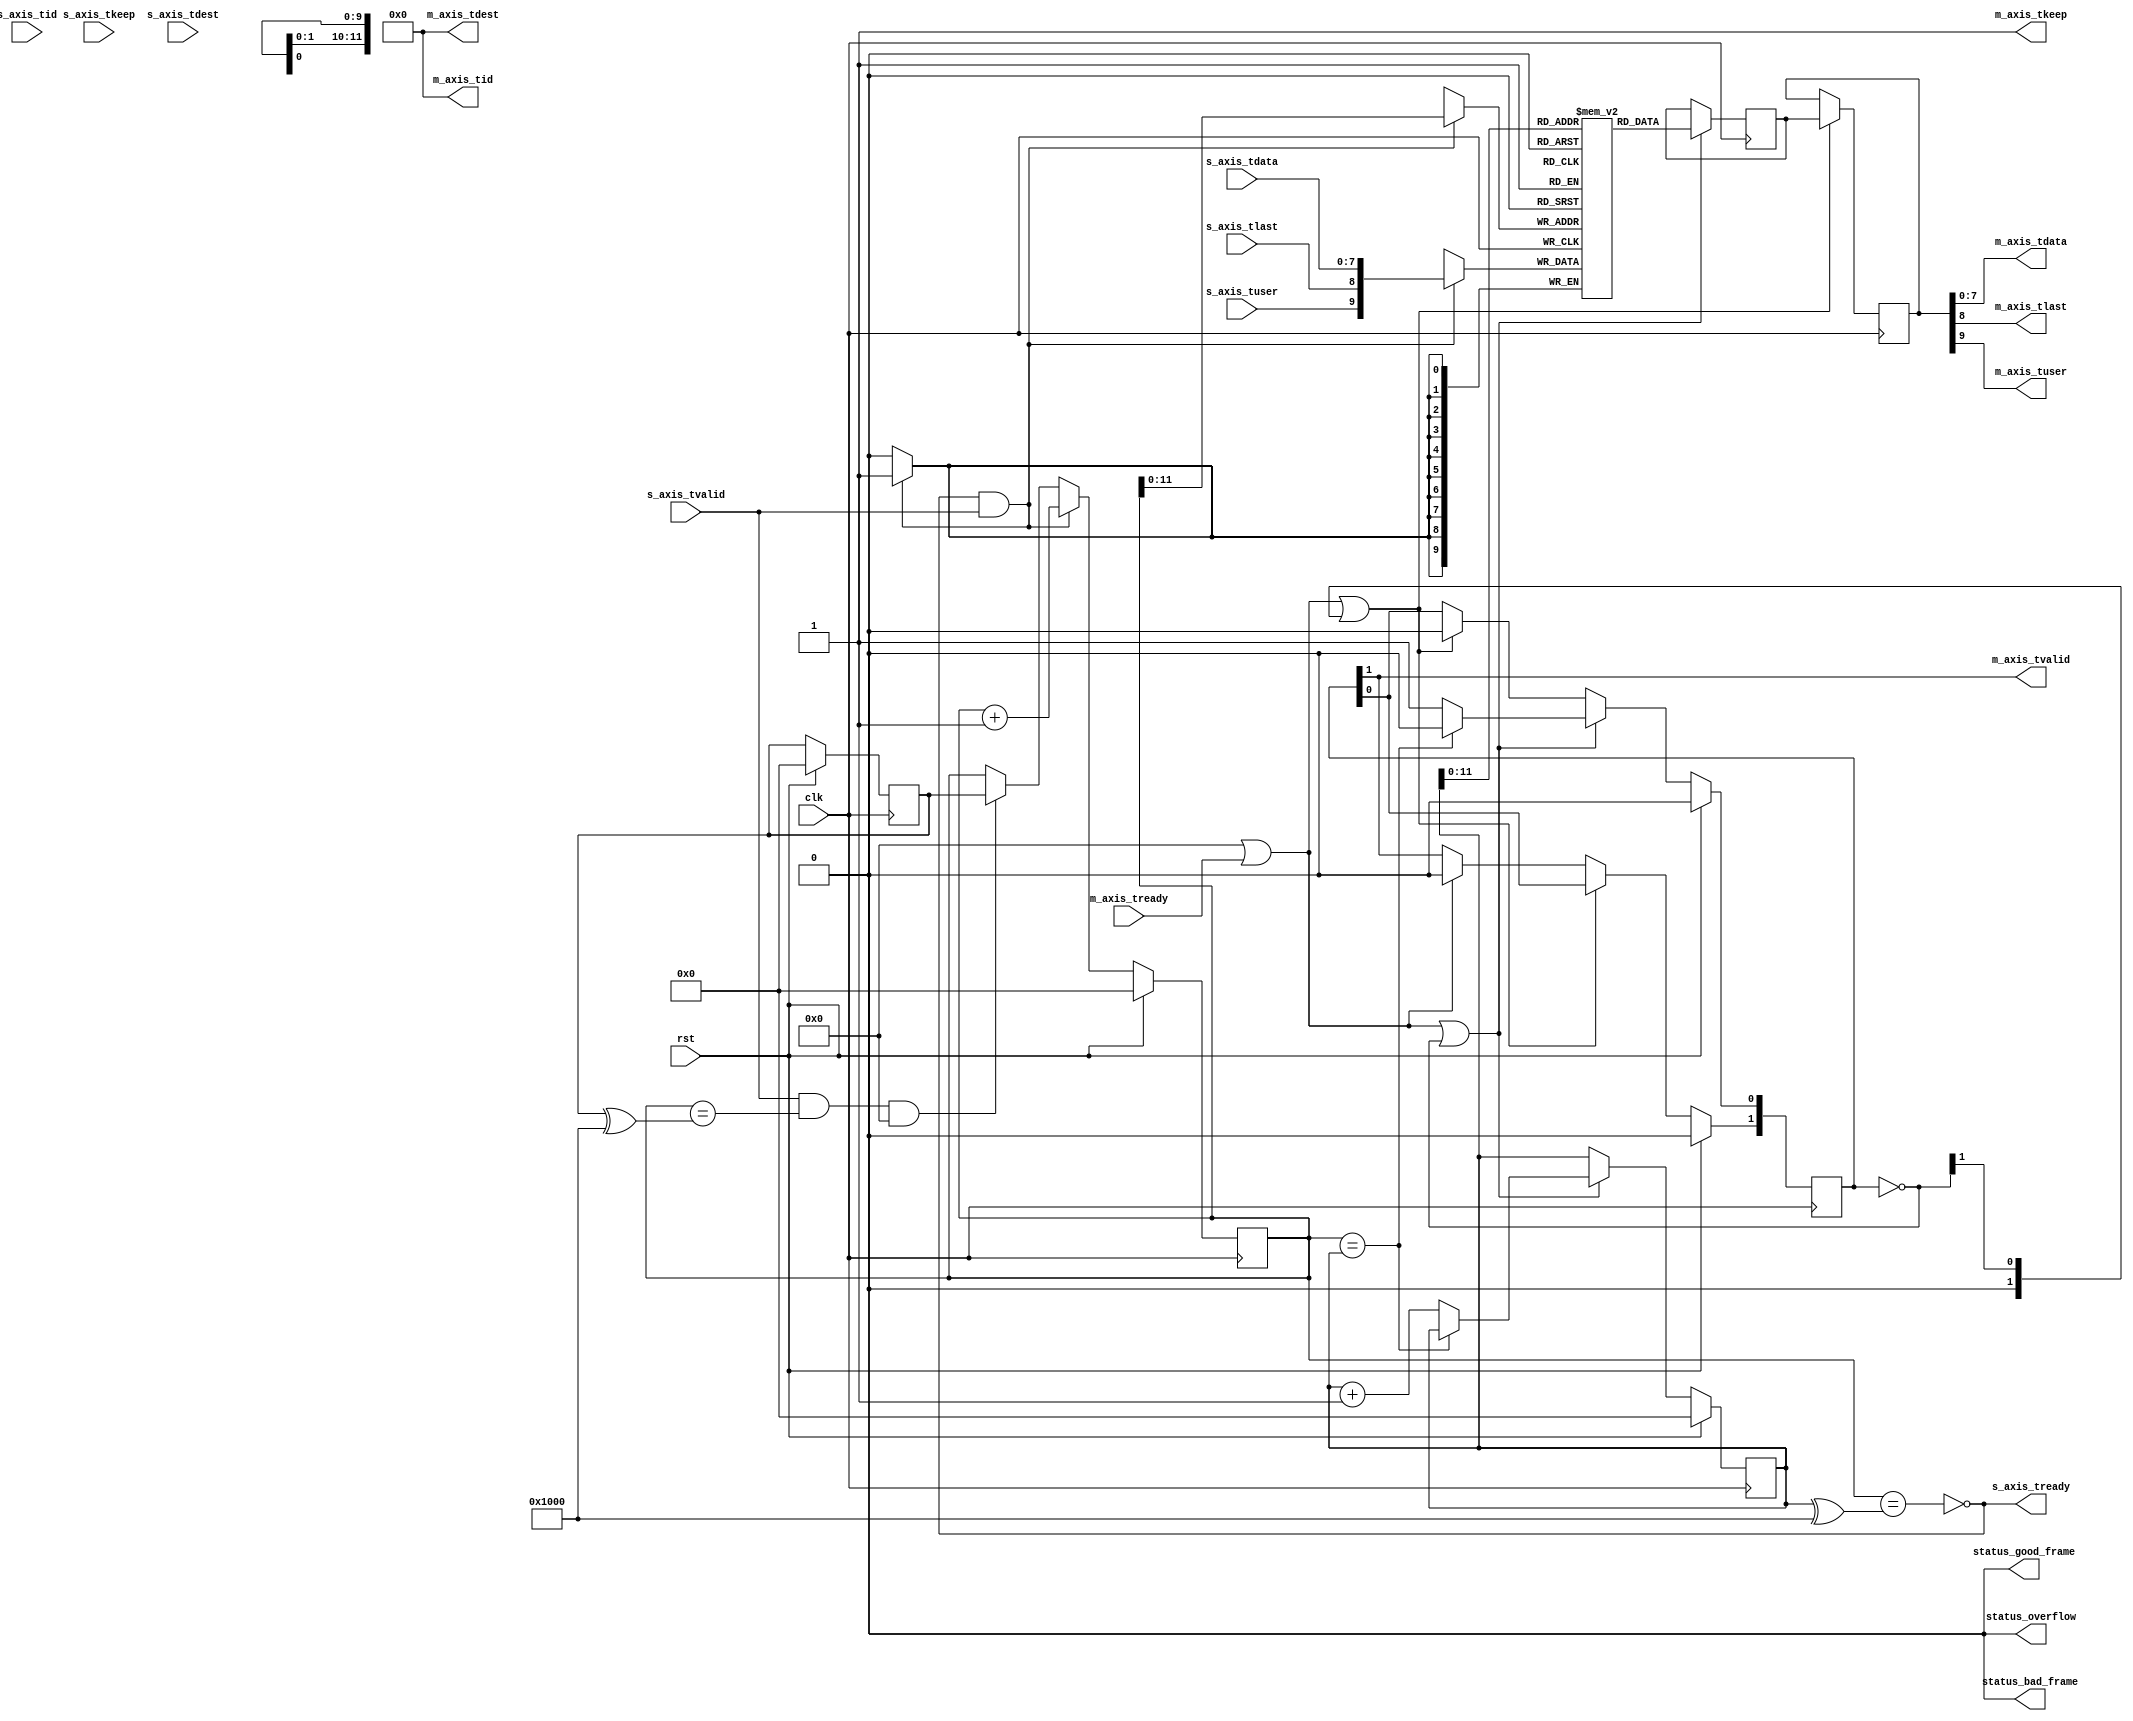
/*

Copyright (c) 2013-2021 Alex Forencich

Permission is hereby granted, free of charge, to any person obtaining a copy
of this software and associated documentation files (the "Software"), to deal
in the Software without restriction, including without limitation the rights
to use, copy, modify, merge, publish, distribute, sublicense, and/or sell
copies of the Software, and to permit persons to whom the Software is
furnished to do so, subject to the following conditions:

The above copyright notice and this permission notice shall be included in
all copies or substantial portions of the Software.

THE SOFTWARE IS PROVIDED "AS IS", WITHOUT WARRANTY OF ANY KIND, EXPRESS OR
IMPLIED, INCLUDING BUT NOT LIMITED TO THE WARRANTIES OF MERCHANTABILITY
FITNESS FOR A PARTICULAR PURPOSE AND NONINFRINGEMENT. IN NO EVENT SHALL THE
AUTHORS OR COPYRIGHT HOLDERS BE LIABLE FOR ANY CLAIM, DAMAGES OR OTHER
LIABILITY, WHETHER IN AN ACTION OF CONTRACT, TORT OR OTHERWISE, ARISING FROM,
OUT OF OR IN CONNECTION WITH THE SOFTWARE OR THE USE OR OTHER DEALINGS IN
THE SOFTWARE.

*/

// Language: Verilog 2001

`resetall
`timescale 1ns / 1ps
`default_nettype none

/*
 * AXI4-Stream FIFO
 */
module axis_fifo #
(
    // FIFO depth in words
    // KEEP_WIDTH words per cycle if KEEP_ENABLE set
    // Rounded up to nearest power of 2 cycles
    parameter DEPTH = 4096,
    // Width of AXI stream interfaces in bits
    parameter DATA_WIDTH = 8,
    // Propagate tkeep signal
    // If disabled, tkeep assumed to be 1'b1
    parameter KEEP_ENABLE = (DATA_WIDTH>8),
    // tkeep signal width (words per cycle)
    parameter KEEP_WIDTH = ((DATA_WIDTH+7)/8),
    // Propagate tlast signal
    parameter LAST_ENABLE = 1,
    // Propagate tid signal
    parameter ID_ENABLE = 0,
    // tid signal width
    parameter ID_WIDTH = 8,
    // Propagate tdest signal
    parameter DEST_ENABLE = 0,
    // tdest signal width
    parameter DEST_WIDTH = 8,
    // Propagate tuser signal
    parameter USER_ENABLE = 1,
    // tuser signal width
    parameter USER_WIDTH = 1,
    // number of RAM pipeline registers
    parameter RAM_PIPELINE = 1,
    // use output FIFO
    // When set, the RAM read enable and pipeline clock enables are removed
    parameter OUTPUT_FIFO_ENABLE = 0,
    // Frame FIFO mode - operate on frames instead of cycles
    // When set, m_axis_tvalid will not be deasserted within a frame
    // Requires LAST_ENABLE set
    parameter FRAME_FIFO = 0,
    // tuser value for bad frame marker
    parameter USER_BAD_FRAME_VALUE = 1'b1,
    // tuser mask for bad frame marker
    parameter USER_BAD_FRAME_MASK = 1'b1,
    // Drop frames larger than FIFO
    // Requires FRAME_FIFO set
    parameter DROP_OVERSIZE_FRAME = FRAME_FIFO,
    // Drop frames marked bad
    // Requires FRAME_FIFO and DROP_OVERSIZE_FRAME set
    parameter DROP_BAD_FRAME = 0,
    // Drop incoming frames when full
    // When set, s_axis_tready is always asserted
    // Requires FRAME_FIFO and DROP_OVERSIZE_FRAME set
    parameter DROP_WHEN_FULL = 0
)
(
    input  wire                   clk,
    input  wire                   rst,

    /*
     * AXI input
     */
    input  wire [DATA_WIDTH-1:0]  s_axis_tdata,
    input  wire [KEEP_WIDTH-1:0]  s_axis_tkeep,
    input  wire                   s_axis_tvalid,
    output wire                   s_axis_tready,
    input  wire                   s_axis_tlast,
    input  wire [ID_WIDTH-1:0]    s_axis_tid,
    input  wire [DEST_WIDTH-1:0]  s_axis_tdest,
    input  wire [USER_WIDTH-1:0]  s_axis_tuser,

    /*
     * AXI output
     */
    output wire [DATA_WIDTH-1:0]  m_axis_tdata,
    output wire [KEEP_WIDTH-1:0]  m_axis_tkeep,
    output wire                   m_axis_tvalid,
    input  wire                   m_axis_tready,
    output wire                   m_axis_tlast,
    output wire [ID_WIDTH-1:0]    m_axis_tid,
    output wire [DEST_WIDTH-1:0]  m_axis_tdest,
    output wire [USER_WIDTH-1:0]  m_axis_tuser,

    /*
     * Status
     */
    output wire                   status_overflow,
    output wire                   status_bad_frame,
    output wire                   status_good_frame
);

parameter ADDR_WIDTH = (KEEP_ENABLE && KEEP_WIDTH > 1) ? $clog2(DEPTH/KEEP_WIDTH) : $clog2(DEPTH);

parameter OUTPUT_FIFO_ADDR_WIDTH = RAM_PIPELINE < 2 ? 3 : $clog2(RAM_PIPELINE*2+7);

// check configuration
initial begin
    if (FRAME_FIFO && !LAST_ENABLE) begin
        $error("Error: FRAME_FIFO set requires LAST_ENABLE set (instance %m)");
        $finish;
    end

    if (DROP_OVERSIZE_FRAME && !FRAME_FIFO) begin
        $error("Error: DROP_OVERSIZE_FRAME set requires FRAME_FIFO set (instance %m)");
        $finish;
    end

    if (DROP_BAD_FRAME && !(FRAME_FIFO && DROP_OVERSIZE_FRAME)) begin
        $error("Error: DROP_BAD_FRAME set requires FRAME_FIFO and DROP_OVERSIZE_FRAME set (instance %m)");
        $finish;
    end

    if (DROP_WHEN_FULL && !(FRAME_FIFO && DROP_OVERSIZE_FRAME)) begin
        $error("Error: DROP_WHEN_FULL set requires FRAME_FIFO and DROP_OVERSIZE_FRAME set (instance %m)");
        $finish;
    end

    if (DROP_BAD_FRAME && (USER_BAD_FRAME_MASK & {USER_WIDTH{1'b1}}) == 0) begin
        $error("Error: Invalid USER_BAD_FRAME_MASK value (instance %m)");
        $finish;
    end
end

localparam KEEP_OFFSET = DATA_WIDTH;
localparam LAST_OFFSET = KEEP_OFFSET + (KEEP_ENABLE ? KEEP_WIDTH : 0);
localparam ID_OFFSET   = LAST_OFFSET + (LAST_ENABLE ? 1          : 0);
localparam DEST_OFFSET = ID_OFFSET   + (ID_ENABLE   ? ID_WIDTH   : 0);
localparam USER_OFFSET = DEST_OFFSET + (DEST_ENABLE ? DEST_WIDTH : 0);
localparam WIDTH       = USER_OFFSET + (USER_ENABLE ? USER_WIDTH : 0);

reg [ADDR_WIDTH:0] wr_ptr_reg = {ADDR_WIDTH+1{1'b0}};
reg [ADDR_WIDTH:0] wr_ptr_cur_reg = {ADDR_WIDTH+1{1'b0}};
reg [ADDR_WIDTH:0] rd_ptr_reg = {ADDR_WIDTH+1{1'b0}};

(* ramstyle = "no_rw_check" *)
reg [WIDTH-1:0] mem[(2**ADDR_WIDTH)-1:0];
reg mem_read_data_valid_reg = 1'b0;

(* shreg_extract = "no" *)
reg [WIDTH-1:0] m_axis_pipe_reg[RAM_PIPELINE+1-1:0];
reg [RAM_PIPELINE+1-1:0] m_axis_tvalid_pipe_reg = 0;

// full when first MSB different but rest same
wire full = wr_ptr_reg == (rd_ptr_reg ^ {1'b1, {ADDR_WIDTH{1'b0}}});
wire full_cur = wr_ptr_cur_reg == (rd_ptr_reg ^ {1'b1, {ADDR_WIDTH{1'b0}}});
// empty when pointers match exactly
wire empty = wr_ptr_reg == rd_ptr_reg;
// overflow within packet
wire full_wr = wr_ptr_reg == (wr_ptr_cur_reg ^ {1'b1, {ADDR_WIDTH{1'b0}}});

reg drop_frame_reg = 1'b0;
reg send_frame_reg = 1'b0;
reg overflow_reg = 1'b0;
reg bad_frame_reg = 1'b0;
reg good_frame_reg = 1'b0;

assign s_axis_tready = FRAME_FIFO ? (!full_cur || (full_wr && DROP_OVERSIZE_FRAME) || DROP_WHEN_FULL) : !full;

wire [WIDTH-1:0] s_axis;

generate
    assign s_axis[DATA_WIDTH-1:0] = s_axis_tdata;
    if (KEEP_ENABLE) assign s_axis[KEEP_OFFSET +: KEEP_WIDTH] = s_axis_tkeep;
    if (LAST_ENABLE) assign s_axis[LAST_OFFSET]               = s_axis_tlast;
    if (ID_ENABLE)   assign s_axis[ID_OFFSET   +: ID_WIDTH]   = s_axis_tid;
    if (DEST_ENABLE) assign s_axis[DEST_OFFSET +: DEST_WIDTH] = s_axis_tdest;
    if (USER_ENABLE) assign s_axis[USER_OFFSET +: USER_WIDTH] = s_axis_tuser;
endgenerate

wire [WIDTH-1:0] m_axis = m_axis_pipe_reg[RAM_PIPELINE+1-1];

wire                   m_axis_tvalid_pipe = m_axis_tvalid_pipe_reg[RAM_PIPELINE+1-1];

wire [DATA_WIDTH-1:0]  m_axis_tdata_pipe  = m_axis[DATA_WIDTH-1:0];
wire [KEEP_WIDTH-1:0]  m_axis_tkeep_pipe  = KEEP_ENABLE ? m_axis[KEEP_OFFSET +: KEEP_WIDTH] : {KEEP_WIDTH{1'b1}};
wire                   m_axis_tlast_pipe  = LAST_ENABLE ? m_axis[LAST_OFFSET] : 1'b1;
wire [ID_WIDTH-1:0]    m_axis_tid_pipe    = ID_ENABLE   ? m_axis[ID_OFFSET +: ID_WIDTH] : {ID_WIDTH{1'b0}};
wire [DEST_WIDTH-1:0]  m_axis_tdest_pipe  = DEST_ENABLE ? m_axis[DEST_OFFSET +: DEST_WIDTH] : {DEST_WIDTH{1'b0}};
wire [USER_WIDTH-1:0]  m_axis_tuser_pipe  = USER_ENABLE ? m_axis[USER_OFFSET +: USER_WIDTH] : {USER_WIDTH{1'b0}};

wire pipe_ready;

assign status_overflow = overflow_reg;
assign status_bad_frame = bad_frame_reg;
assign status_good_frame = good_frame_reg;

// Write logic
always @(posedge clk) begin
    overflow_reg <= 1'b0;
    bad_frame_reg <= 1'b0;
    good_frame_reg <= 1'b0;

    if (s_axis_tready && s_axis_tvalid) begin
        // transfer in
        if (!FRAME_FIFO) begin
            // normal FIFO mode
            mem[wr_ptr_reg[ADDR_WIDTH-1:0]] <= s_axis;
            wr_ptr_reg <= wr_ptr_reg + 1;
        end else if ((full_cur && DROP_WHEN_FULL) || (full_wr && DROP_OVERSIZE_FRAME) || drop_frame_reg) begin
            // full, packet overflow, or currently dropping frame
            // drop frame
            drop_frame_reg <= 1'b1;
            if (s_axis_tlast) begin
                // end of frame, reset write pointer
                wr_ptr_cur_reg <= wr_ptr_reg;
                drop_frame_reg <= 1'b0;
                overflow_reg <= 1'b1;
            end
        end else begin
            // store it
            mem[wr_ptr_cur_reg[ADDR_WIDTH-1:0]] <= s_axis;
            wr_ptr_cur_reg <= wr_ptr_cur_reg + 1;
            if (s_axis_tlast || (!DROP_OVERSIZE_FRAME && (full_wr || send_frame_reg))) begin
                // end of frame or send frame
                send_frame_reg <= !s_axis_tlast;
                if (s_axis_tlast && DROP_BAD_FRAME && USER_BAD_FRAME_MASK & ~(s_axis_tuser ^ USER_BAD_FRAME_VALUE)) begin
                    // bad packet, reset write pointer
                    wr_ptr_cur_reg <= wr_ptr_reg;
                    bad_frame_reg <= 1'b1;
                end else begin
                    // good packet or packet overflow, update write pointer
                    wr_ptr_reg <= wr_ptr_cur_reg + 1;
                    good_frame_reg <= s_axis_tlast;
                end
            end
        end
    end else if (s_axis_tvalid && full_wr && FRAME_FIFO && !DROP_OVERSIZE_FRAME) begin
        // data valid with packet overflow
        // update write pointer
        send_frame_reg <= 1'b1;
        wr_ptr_reg <= wr_ptr_cur_reg;
    end

    if (rst) begin
        wr_ptr_reg <= {ADDR_WIDTH+1{1'b0}};
        wr_ptr_cur_reg <= {ADDR_WIDTH+1{1'b0}};

        drop_frame_reg <= 1'b0;
        send_frame_reg <= 1'b0;
        overflow_reg <= 1'b0;
        bad_frame_reg <= 1'b0;
        good_frame_reg <= 1'b0;
    end
end

// Read logic
integer j;

always @(posedge clk) begin
    if (OUTPUT_FIFO_ENABLE || m_axis_tready) begin
        // output ready; invalidate stage
        m_axis_tvalid_pipe_reg[RAM_PIPELINE+1-1] <= 1'b0;
    end

    for (j = RAM_PIPELINE+1-1; j > 0; j = j - 1) begin
        if (OUTPUT_FIFO_ENABLE || m_axis_tready || ((~m_axis_tvalid_pipe_reg) >> j)) begin
            // output ready or bubble in pipeline; transfer down pipeline
            m_axis_tvalid_pipe_reg[j] <= m_axis_tvalid_pipe_reg[j-1];
            m_axis_pipe_reg[j] <= m_axis_pipe_reg[j-1];
            m_axis_tvalid_pipe_reg[j-1] <= 1'b0;
        end
    end

    if (OUTPUT_FIFO_ENABLE || m_axis_tready || ~m_axis_tvalid_pipe_reg) begin
        // output ready or bubble in pipeline; read new data from FIFO
        m_axis_tvalid_pipe_reg[0] <= 1'b0;
        m_axis_pipe_reg[0] <= mem[rd_ptr_reg[ADDR_WIDTH-1:0]];
        if (!empty && pipe_ready) begin
            // not empty, increment pointer
            m_axis_tvalid_pipe_reg[0] <= 1'b1;
            rd_ptr_reg <= rd_ptr_reg + 1;
        end
    end

    if (rst) begin
        rd_ptr_reg <= {ADDR_WIDTH+1{1'b0}};
        m_axis_tvalid_pipe_reg <= 0;
    end
end

generate

if (!OUTPUT_FIFO_ENABLE) begin

    assign pipe_ready = 1'b1;

    assign m_axis_tvalid = m_axis_tvalid_pipe;

    assign m_axis_tdata = m_axis_tdata_pipe;
    assign m_axis_tkeep = m_axis_tkeep_pipe;
    assign m_axis_tlast = m_axis_tlast_pipe;
    assign m_axis_tid   = m_axis_tid_pipe;
    assign m_axis_tdest = m_axis_tdest_pipe;
    assign m_axis_tuser = m_axis_tuser_pipe;

end else begin

    // output datapath logic
    reg [DATA_WIDTH-1:0] m_axis_tdata_reg  = {DATA_WIDTH{1'b0}};
    reg [KEEP_WIDTH-1:0] m_axis_tkeep_reg  = {KEEP_WIDTH{1'b0}};
    reg                  m_axis_tvalid_reg = 1'b0;
    reg                  m_axis_tlast_reg  = 1'b0;
    reg [ID_WIDTH-1:0]   m_axis_tid_reg    = {ID_WIDTH{1'b0}};
    reg [DEST_WIDTH-1:0] m_axis_tdest_reg  = {DEST_WIDTH{1'b0}};
    reg [USER_WIDTH-1:0] m_axis_tuser_reg  = {USER_WIDTH{1'b0}};

    reg [OUTPUT_FIFO_ADDR_WIDTH+1-1:0] out_fifo_wr_ptr_reg = 0;
    reg [OUTPUT_FIFO_ADDR_WIDTH+1-1:0] out_fifo_rd_ptr_reg = 0;
    reg out_fifo_half_full_reg = 1'b0;

    wire out_fifo_full = out_fifo_wr_ptr_reg == (out_fifo_rd_ptr_reg ^ {1'b1, {OUTPUT_FIFO_ADDR_WIDTH{1'b0}}});
    wire out_fifo_empty = out_fifo_wr_ptr_reg == out_fifo_rd_ptr_reg;

    (* ram_style = "distributed", ramstyle = "no_rw_check, mlab" *)
    reg [DATA_WIDTH-1:0] out_fifo_tdata[2**OUTPUT_FIFO_ADDR_WIDTH-1:0];
    (* ram_style = "distributed", ramstyle = "no_rw_check, mlab" *)
    reg [KEEP_WIDTH-1:0] out_fifo_tkeep[2**OUTPUT_FIFO_ADDR_WIDTH-1:0];
    (* ram_style = "distributed", ramstyle = "no_rw_check, mlab" *)
    reg                  out_fifo_tlast[2**OUTPUT_FIFO_ADDR_WIDTH-1:0];
    (* ram_style = "distributed", ramstyle = "no_rw_check, mlab" *)
    reg [ID_WIDTH-1:0]   out_fifo_tid[2**OUTPUT_FIFO_ADDR_WIDTH-1:0];
    (* ram_style = "distributed", ramstyle = "no_rw_check, mlab" *)
    reg [DEST_WIDTH-1:0] out_fifo_tdest[2**OUTPUT_FIFO_ADDR_WIDTH-1:0];
    (* ram_style = "distributed", ramstyle = "no_rw_check, mlab" *)
    reg [USER_WIDTH-1:0] out_fifo_tuser[2**OUTPUT_FIFO_ADDR_WIDTH-1:0];

    assign pipe_ready = !out_fifo_half_full_reg;

    assign m_axis_tdata  = m_axis_tdata_reg;
    assign m_axis_tkeep  = KEEP_ENABLE ? m_axis_tkeep_reg : {KEEP_WIDTH{1'b1}};
    assign m_axis_tvalid = m_axis_tvalid_reg;
    assign m_axis_tlast  = LAST_ENABLE ? m_axis_tlast_reg : 1'b1;
    assign m_axis_tid    = ID_ENABLE   ? m_axis_tid_reg   : {ID_WIDTH{1'b0}};
    assign m_axis_tdest  = DEST_ENABLE ? m_axis_tdest_reg : {DEST_WIDTH{1'b0}};
    assign m_axis_tuser  = USER_ENABLE ? m_axis_tuser_reg : {USER_WIDTH{1'b0}};

    always @(posedge clk) begin
        m_axis_tvalid_reg <= m_axis_tvalid_reg && !m_axis_tready;

        out_fifo_half_full_reg <= $unsigned(out_fifo_wr_ptr_reg - out_fifo_rd_ptr_reg) >= 2**(OUTPUT_FIFO_ADDR_WIDTH-1);

        if (!out_fifo_full && m_axis_tvalid_pipe) begin
            out_fifo_tdata[out_fifo_wr_ptr_reg[OUTPUT_FIFO_ADDR_WIDTH-1:0]] <= m_axis_tdata_pipe;
            out_fifo_tkeep[out_fifo_wr_ptr_reg[OUTPUT_FIFO_ADDR_WIDTH-1:0]] <= m_axis_tkeep_pipe;
            out_fifo_tlast[out_fifo_wr_ptr_reg[OUTPUT_FIFO_ADDR_WIDTH-1:0]] <= m_axis_tlast_pipe;
            out_fifo_tid[out_fifo_wr_ptr_reg[OUTPUT_FIFO_ADDR_WIDTH-1:0]] <= m_axis_tid_pipe;
            out_fifo_tdest[out_fifo_wr_ptr_reg[OUTPUT_FIFO_ADDR_WIDTH-1:0]] <= m_axis_tdest_pipe;
            out_fifo_tuser[out_fifo_wr_ptr_reg[OUTPUT_FIFO_ADDR_WIDTH-1:0]] <= m_axis_tuser_pipe;
            out_fifo_wr_ptr_reg <= out_fifo_wr_ptr_reg + 1;
        end

        if (!out_fifo_empty && (!m_axis_tvalid_reg || m_axis_tready)) begin
            m_axis_tdata_reg <= out_fifo_tdata[out_fifo_rd_ptr_reg[OUTPUT_FIFO_ADDR_WIDTH-1:0]];
            m_axis_tkeep_reg <= out_fifo_tkeep[out_fifo_rd_ptr_reg[OUTPUT_FIFO_ADDR_WIDTH-1:0]];
            m_axis_tvalid_reg <= 1'b1;
            m_axis_tlast_reg <= out_fifo_tlast[out_fifo_rd_ptr_reg[OUTPUT_FIFO_ADDR_WIDTH-1:0]];
            m_axis_tid_reg <= out_fifo_tid[out_fifo_rd_ptr_reg[OUTPUT_FIFO_ADDR_WIDTH-1:0]];
            m_axis_tdest_reg <= out_fifo_tdest[out_fifo_rd_ptr_reg[OUTPUT_FIFO_ADDR_WIDTH-1:0]];
            m_axis_tuser_reg <= out_fifo_tuser[out_fifo_rd_ptr_reg[OUTPUT_FIFO_ADDR_WIDTH-1:0]];
            out_fifo_rd_ptr_reg <= out_fifo_rd_ptr_reg + 1;
        end

        if (rst) begin
            out_fifo_wr_ptr_reg <= 0;
            out_fifo_rd_ptr_reg <= 0;
            m_axis_tvalid_reg <= 1'b0;
        end
    end

end

endgenerate

endmodule

`resetall